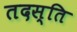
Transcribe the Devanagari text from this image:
तदस्ति